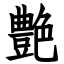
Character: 艶